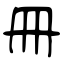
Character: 冊